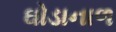
ઘોડાનાળ